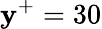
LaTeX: \mathbf{y}^{+}=30